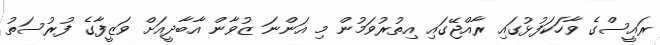
ރައީސްގެ ވާހަކަފުޅުގައި ރާއްޖޭގައި އިތުރުވަމުން މި އަންނަ ޒުވާން އާބާދީއަށް ވަޒީފާގެ ފުރުސަތު